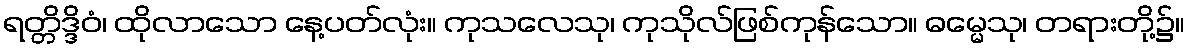
ရတ္တိဒ္ဒိဝံ၊ ထိုလာသော နေ့ပတ်လုံး။ ကုသလေသု၊ ကုသိုလ်ဖြစ်ကုန်သော။ ဓမ္မေသု၊ တရားတို့၌။